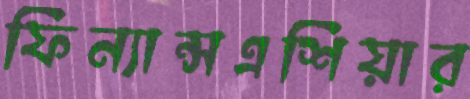
ফিন্যান্সএশিয়ার